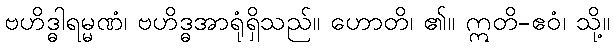
ဗဟိဒ္ဓါရမ္မဏံ၊ ဗဟိဒ္ဓအာရုံရှိသည်။ ဟောတိ၊ ၏။ ဣတိ-ဧဝံ၊ သို့။